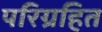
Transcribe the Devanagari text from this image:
परिग्रहित